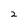
Character: 2